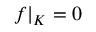
f | _ { K } = 0